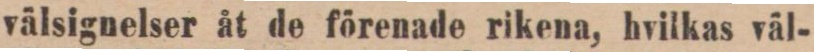
välsignelser åt de förenade rikena, hvilkas väl-